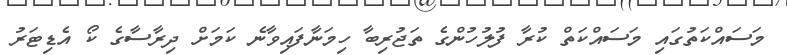
މަސައްކަތުގައި މަސައްކަތް ކުރާ ފުލުހުންގެ ތަޖުރިބާ ހިމަނާފައިވާނެ ކަމަށް ދިރާސާގެ ކޯ އެޑިޓަރު